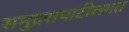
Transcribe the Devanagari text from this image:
समुद्रसपाटीलगत